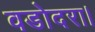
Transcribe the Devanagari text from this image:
वडोदरा।